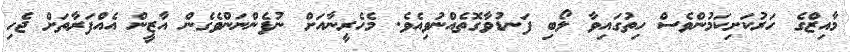
މާއިޒްގެ ހަރުކަށިކަމުންވެސް ހިތުގައިވާ ލޯބި ފަނޑުވާގޮތެއްނުވިއެވެ. މެހެރީނާއަށް ނުފެންނަންވެގެން އާޒީން އެއްފަރާތަށް ޖެހި